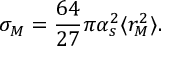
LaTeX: \sigma _ { M } = \frac { 6 4 } { 2 7 } \pi \alpha _ { s } ^ { 2 } \langle { r _ { M } ^ { 2 } } \rangle .